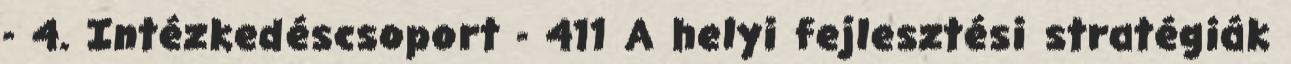
- 4. Intézkedéscsoport - 411 A helyi fejlesztési stratégiák